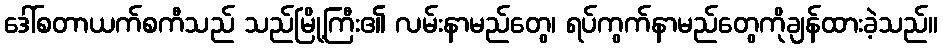
ဒေါ်စတာယက်စကီသည် သည်မြို့ကြီး၏ လမ်းနာမည်တွေ၊ ရပ်ကွက်နာမည်တွေကိုချန်ထားခဲ့သည်။